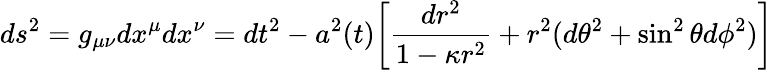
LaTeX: ds^{2}=g_{\mu\nu}dx^{\mu}dx^{\nu}=dt^{2}-a^{2}(t)\biggl[\frac{dr^{2}}{1-{\kappa}r^{2}}+r^{2}(d\theta^{2}+\sin^{2}{\theta}d\phi^{2})\biggr]